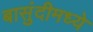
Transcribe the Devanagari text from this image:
बासुंदीमध्ये